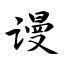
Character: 谩